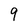
Character: 9